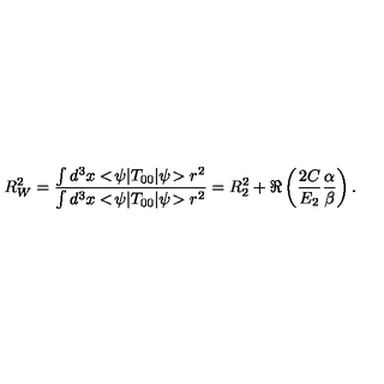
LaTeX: R _ { W } ^ { 2 } = { \frac { \int d ^ { 3 } x < \! \psi | T _ { 0 0 } | \psi \! > r ^ { 2 } } { \int d ^ { 3 } x < \! \psi | T _ { 0 0 } | \psi \! > r ^ { 2 } } } = R _ { 2 } ^ { 2 } + \Re \left( { \frac { 2 C } { E _ { 2 } } } { \frac { \alpha } { \beta } } \right) .